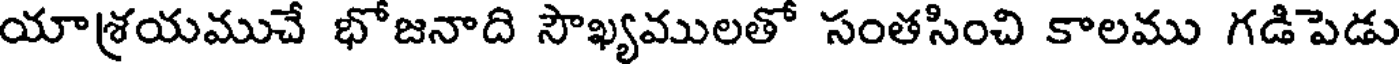
యాశ్రయముచే భోజనాది సౌఖ్యములతో సంతసించి కాలము గడిపెడు